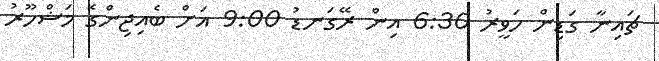
ޗައިނާ ގަޑިން ހަވީރު 6:30 އިން ރޭގަނޑު 9:00 އަށް ބެއިޖިންގެ މަޝްހޫރު